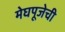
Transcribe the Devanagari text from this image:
मेघपूजेची